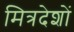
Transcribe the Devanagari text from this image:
मित्रदेशों